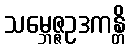
သမ္ဘေဇ္ဇဥဒကန္တိ